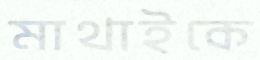
মাথাইকে